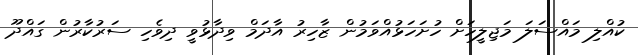
ކުއްލި މައްސަލަ މަޖިލީހަށް ހުށަހަޅުއްވަމުން ޒާހިރު އާދަމް ވިދާޅުވީ ދިވެހި ސަރުކާރުން ގައްދޫ